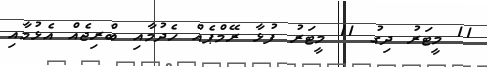
11 މީޓަރު ދިގު 11 މީޓަރު ފުޅާ ރޭމްޕެއް ހެދުމާއި ބްރިޖެއް އެޅުމާއި